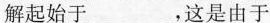
解起始于___，这是由于